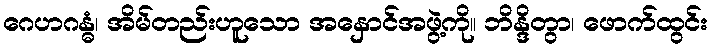
ဂေဟဂန္ဓံ၊ အိမ်တည်းဟူသော အနှောင်အဖွဲ့ကို။ ဘိန္ဒိတွာ၊ ဖောက်ထွင်း